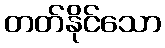
တတ်နိုင်သော